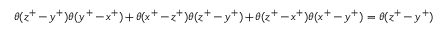
\theta ( z ^ { + } - y ^ { + } ) \theta ( y ^ { + } - x ^ { + } ) + \theta ( x ^ { + } - z ^ { + } ) \theta ( z ^ { + } - y ^ { + } ) + \theta ( z ^ { + } - x ^ { + } ) \theta ( x ^ { + } - y ^ { + } ) = \theta ( z ^ { + } - y ^ { + } ) \nonumber